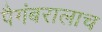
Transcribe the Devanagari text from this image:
पैगंबरालाच